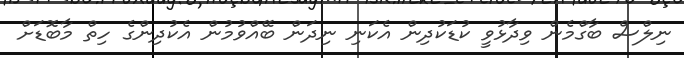
ނިލްސް ބާގްމެން ވިދާޅުވީ ކުޑަކުދިން އެކަނި ނިދަން ބޭއްވުމުން އެކުދިންގެ ހިތް މާބޮޑަށް